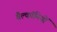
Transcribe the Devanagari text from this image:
बैल्कॉनियों